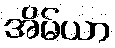
အိမ်ယာ